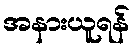
အနားယူရန်